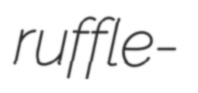
ruffle-